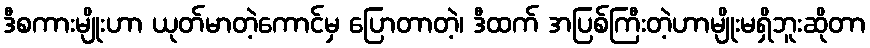
ဒီစကားမျိုးဟာ ယုတ်မာတဲ့ကောင်မှ ပြောတာတဲ့၊ ဒီထက် အပြစ်ကြီးတဲ့ဟာမျိုးမရှိဘူးဆိုတာ